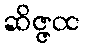
ဆိဇ္ဇထ